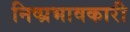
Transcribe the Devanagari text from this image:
निष्प्रभावकारी